Scientific memoirs by medical officers of the Army of India - Part XI,
Year: 1898
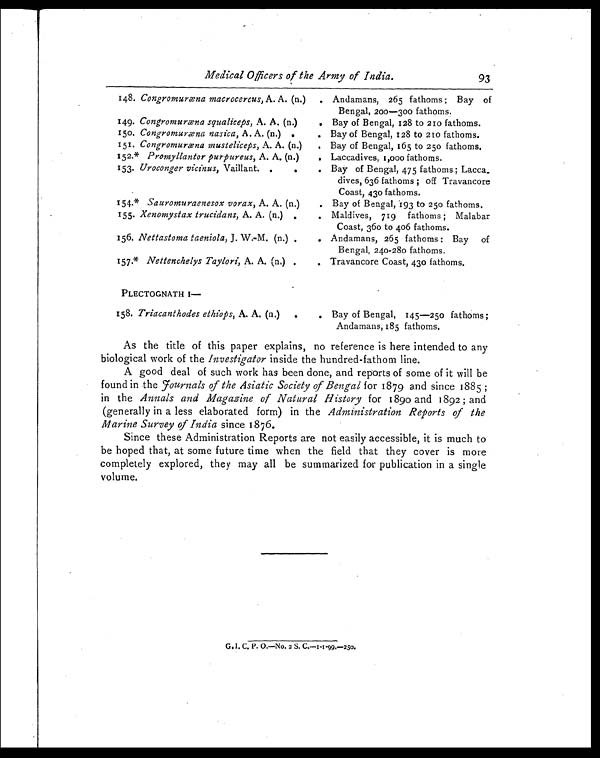
Medical Officers of the Army of India .
93
148. Congromuræna macrocercus , A. A. (n.)
. Andamans, 265 fathoms ; Bay of
Bengal, 200—300 fathoms.
149. Congromuræna squaliceps, A. A. (n.)
. Bay of Bengal, 128 to 210 fathoms.
150. Congromuræna nasica , A. A. (n.)
. Bay of Bengal, 128 to 210 fathoms.
151. Congromuræna musteliceps , A. A. (n.)
. Bay of Bengal, 165 to 25o fathoms.
152.* Promyllantor purpureus , A. A. (n.)
. Laccadives, 1,000 fathoms.
153. Uroconger vicinus , Vaillant. .
.
. Bay of Bengal, 475 fathoms ; Lacca_
dives, 636 fathoms ; off Travancore
Coast, 43o fathoms.
154.* Sauromuraenesox vorax , A. A. (n.)
Bay of Bengal, 193 to 25o fathoms.
155. Xenomystax trucidans, A. A. (n.) .
. Maldives, 719 fathoms ; Malabar
Coast, 36o to 406 fathoms.
156. Nettastoma taeniola , J. W.-M. (n.) .
. Andamans, 265 fathoms ; Bay of
Bengal, 240—280 fathoms.
157.* Nettenchelys Taylori, A. A. (n,) .
. Travancore Coast, 430 fathoms.
PLECTOGNATH
158. Triacanthodes ethiops , A. A. (n.)
Bay of Bengal, 145—250 fathoms ;
Andamans, 185 fathoms.
As the title of this paper explains, no reference is here intended to any
biological work of the Investigator inside the hundred-fathom line.
A good deal of such work has been done, and reports of some of it will be
found in the Journals of the Asiatic Society of Bengal for 1879 and since 1885 ;
in the Annals and Magazine of Natural History for 1890 and 1892 ; and
(generally in a less elaborated form) in the Administration Reports of the
Marine Survey of India since 1876.
Since these Administration Reports are not easily accessible, it is much to
be hoped that, at some future time when the field that they cover is more
completely explored, they may all be summarized for publication in a single
volume.
Go I, C. P. 0.—No. 2 S. C.-I-I .99.-250.